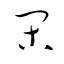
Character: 閑